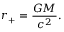
r _ { \mathrm { + } } = { \frac { G M } { c ^ { 2 } } } .